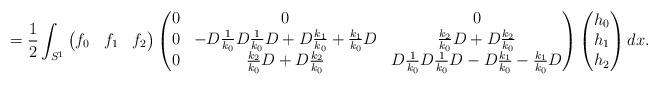
LaTeX: \begin{align*}= \frac12 \int_{S^1} \begin{pmatrix}f_0& f_1&f_2\end{pmatrix} \begin{pmatrix}0&0&0\\ 0&-D\frac1{k_0} D\frac1{k_0}D+D\frac{k_1}{k_0}+\frac{k_1}{k_0}D& \frac{k_2}{k_0} D + D\frac{k_2}{k_0}\\ 0&\frac{k_2}{k_0} D + D\frac{k_2}{k_0} & D\frac1{k_0}D\frac1{k_0}D - D\frac{k_1}{k_0}-\frac{k_1}{k_0}D\end{pmatrix}\begin{pmatrix}h_0\\ h_1\\ h_2\end{pmatrix} dx.\end{align*}